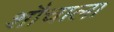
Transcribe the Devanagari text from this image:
शौचाला